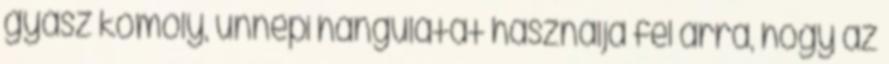
gyász komoly, ünnepi hangulatát használja fel arra, hogy az